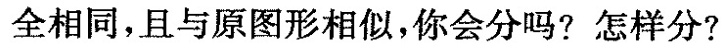
全相同，且与原图形相似，你会分吗?